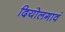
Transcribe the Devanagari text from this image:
दियोलगावं